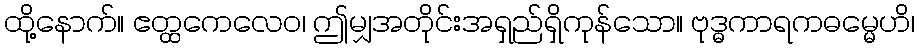
ထို့နောက်။ ဧတ္ထကေလေဝ၊ ဤမျှအတိုင်းအရှည်ရှိကုန်သော။ ဗုဒ္ဓကာရကဓမ္မေဟိ၊